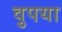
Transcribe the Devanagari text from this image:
वुपया